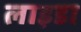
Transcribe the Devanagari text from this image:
लाइडा